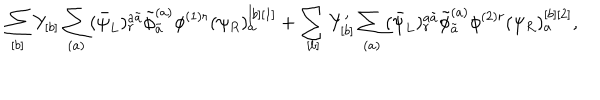
\sum _ { [ b ] } Y _ { [ b ] } \sum _ { ( a ) } ( \bar { \psi } _ { L } ) _ { r } ^ { a \tilde { a } } \tilde { \phi } _ { \tilde { a } } ^ { ( a ) } \phi ^ { ( 1 ) r } ( \psi _ { R } ) _ { a } ^ { [ b ] [ 1 ] } + \sum _ { [ b ] } Y _ { [ b ] } ^ { \prime } \sum _ { ( a ) } ( \bar { \psi } _ { L } ) _ { r } ^ { a \tilde { a } } \tilde { \phi } _ { \tilde { a } } ^ { ( a ) } \phi ^ { ( 2 ) r } ( \psi _ { R } ) _ { a } ^ { [ b ] [ 2 ] } ,